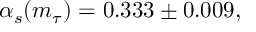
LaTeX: \alpha _ { s } ( m _ { \tau } ) = 0 . 3 3 3 \pm 0 . 0 0 9 ,